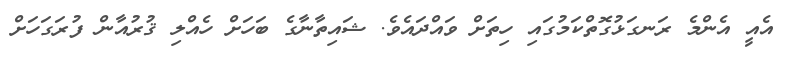
އެއީ އެންމެ ރަނގަޅުގޮތްކަމުގައި ހިތަށް ވައްދައެވެ. ޝައިތާނާގެ ބަހަށް ހެއްލި ޤުރުއާން ފުރަގަހަށް